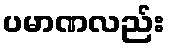
ပမာဏလည်း